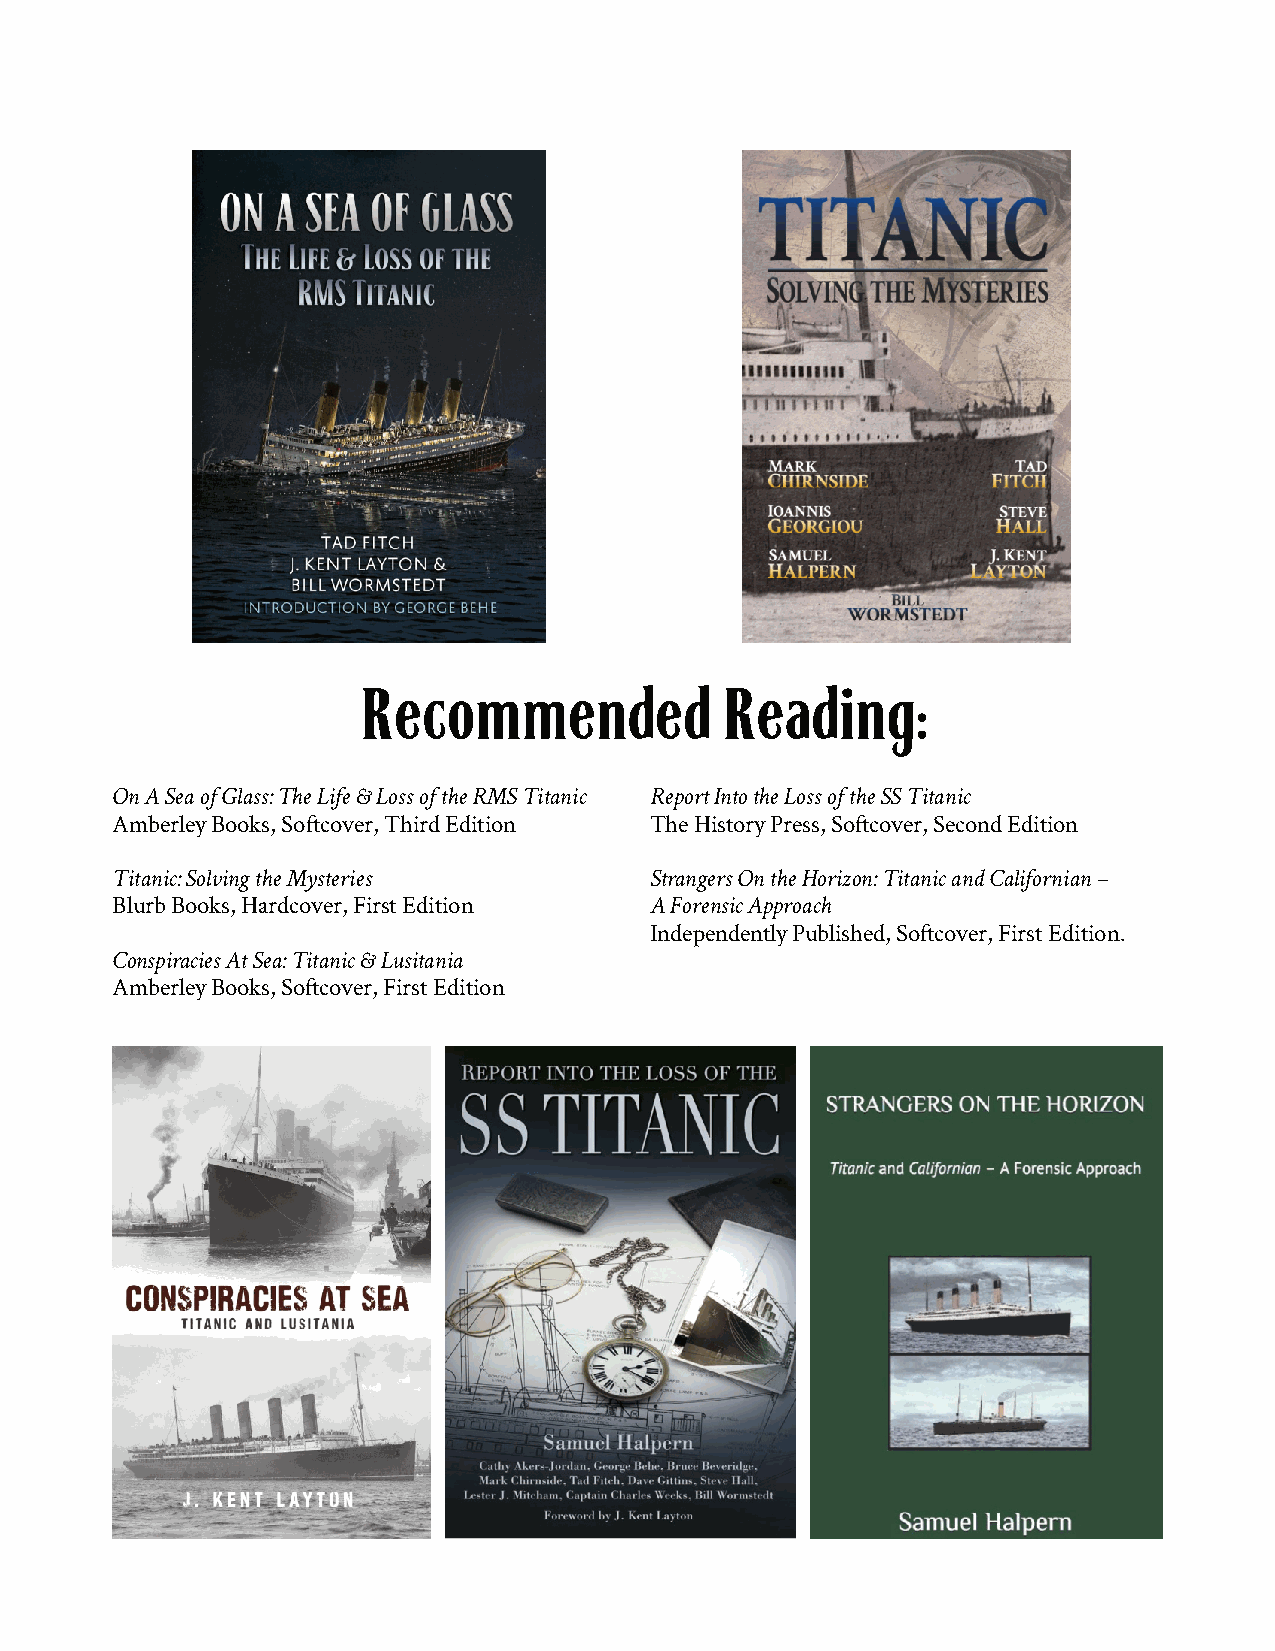
Recommended             Reading:
 OnASeaofGlass:TheLife&LossoftheRMSTitanic ReportIntotheLossoftheSSTitanic
 AmberleyBooks,Softcover,ThirdEdition TheHistoryPress,Softcover,SecondEdition
 Titanic:SolvingtheMysteries         StrangersOntheHorizon:TitanicandCalifornian–
 BlurbBooks,Hardcover,FirstEdition   AForensicApproach
 IndependentlyPublished,Softcover,FirstEdition.
 ConspiraciesAtSea:Titanic&Lusitania
 AmberleyBooks,Softcover,FirstEdition